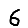
Digit: 6